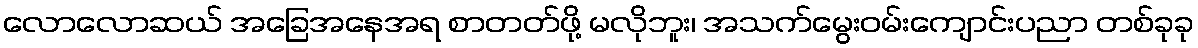
လောလောဆယ် အခြေအနေအရ စာတတ်ဖို့ မလိုဘူး၊ အသက်မွေးဝမ်းကျောင်းပညာ တစ်ခုခု